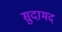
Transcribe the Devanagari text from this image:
सुदामद